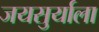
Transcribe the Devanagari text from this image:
जयसुर्याला